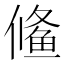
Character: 𱇱